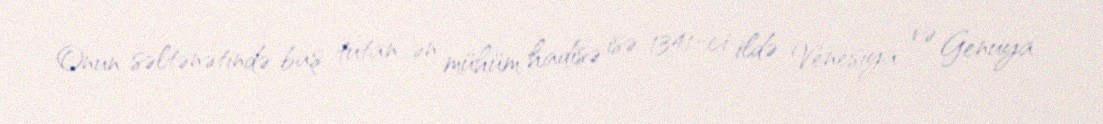
Onun səltənətində baş tutan ən mühüm hadisə isə 1341-ci ildə Venesiya və Genuya